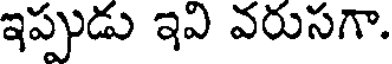
ఇప్పుడు ఇవి వరుసగా.